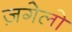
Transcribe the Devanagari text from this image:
ज़गेलो